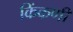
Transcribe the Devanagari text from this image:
किंकणी